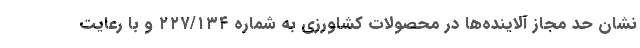
نشان حد مجاز آلاینده‌ها در محصولات کشاورزی به شماره ۲۲۷/۱۳۴ و با رعایت